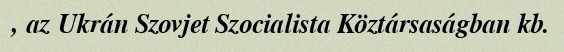
, az Ukrán Szovjet Szocialista Köztársaságban kb.